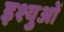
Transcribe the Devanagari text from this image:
इश्युओं